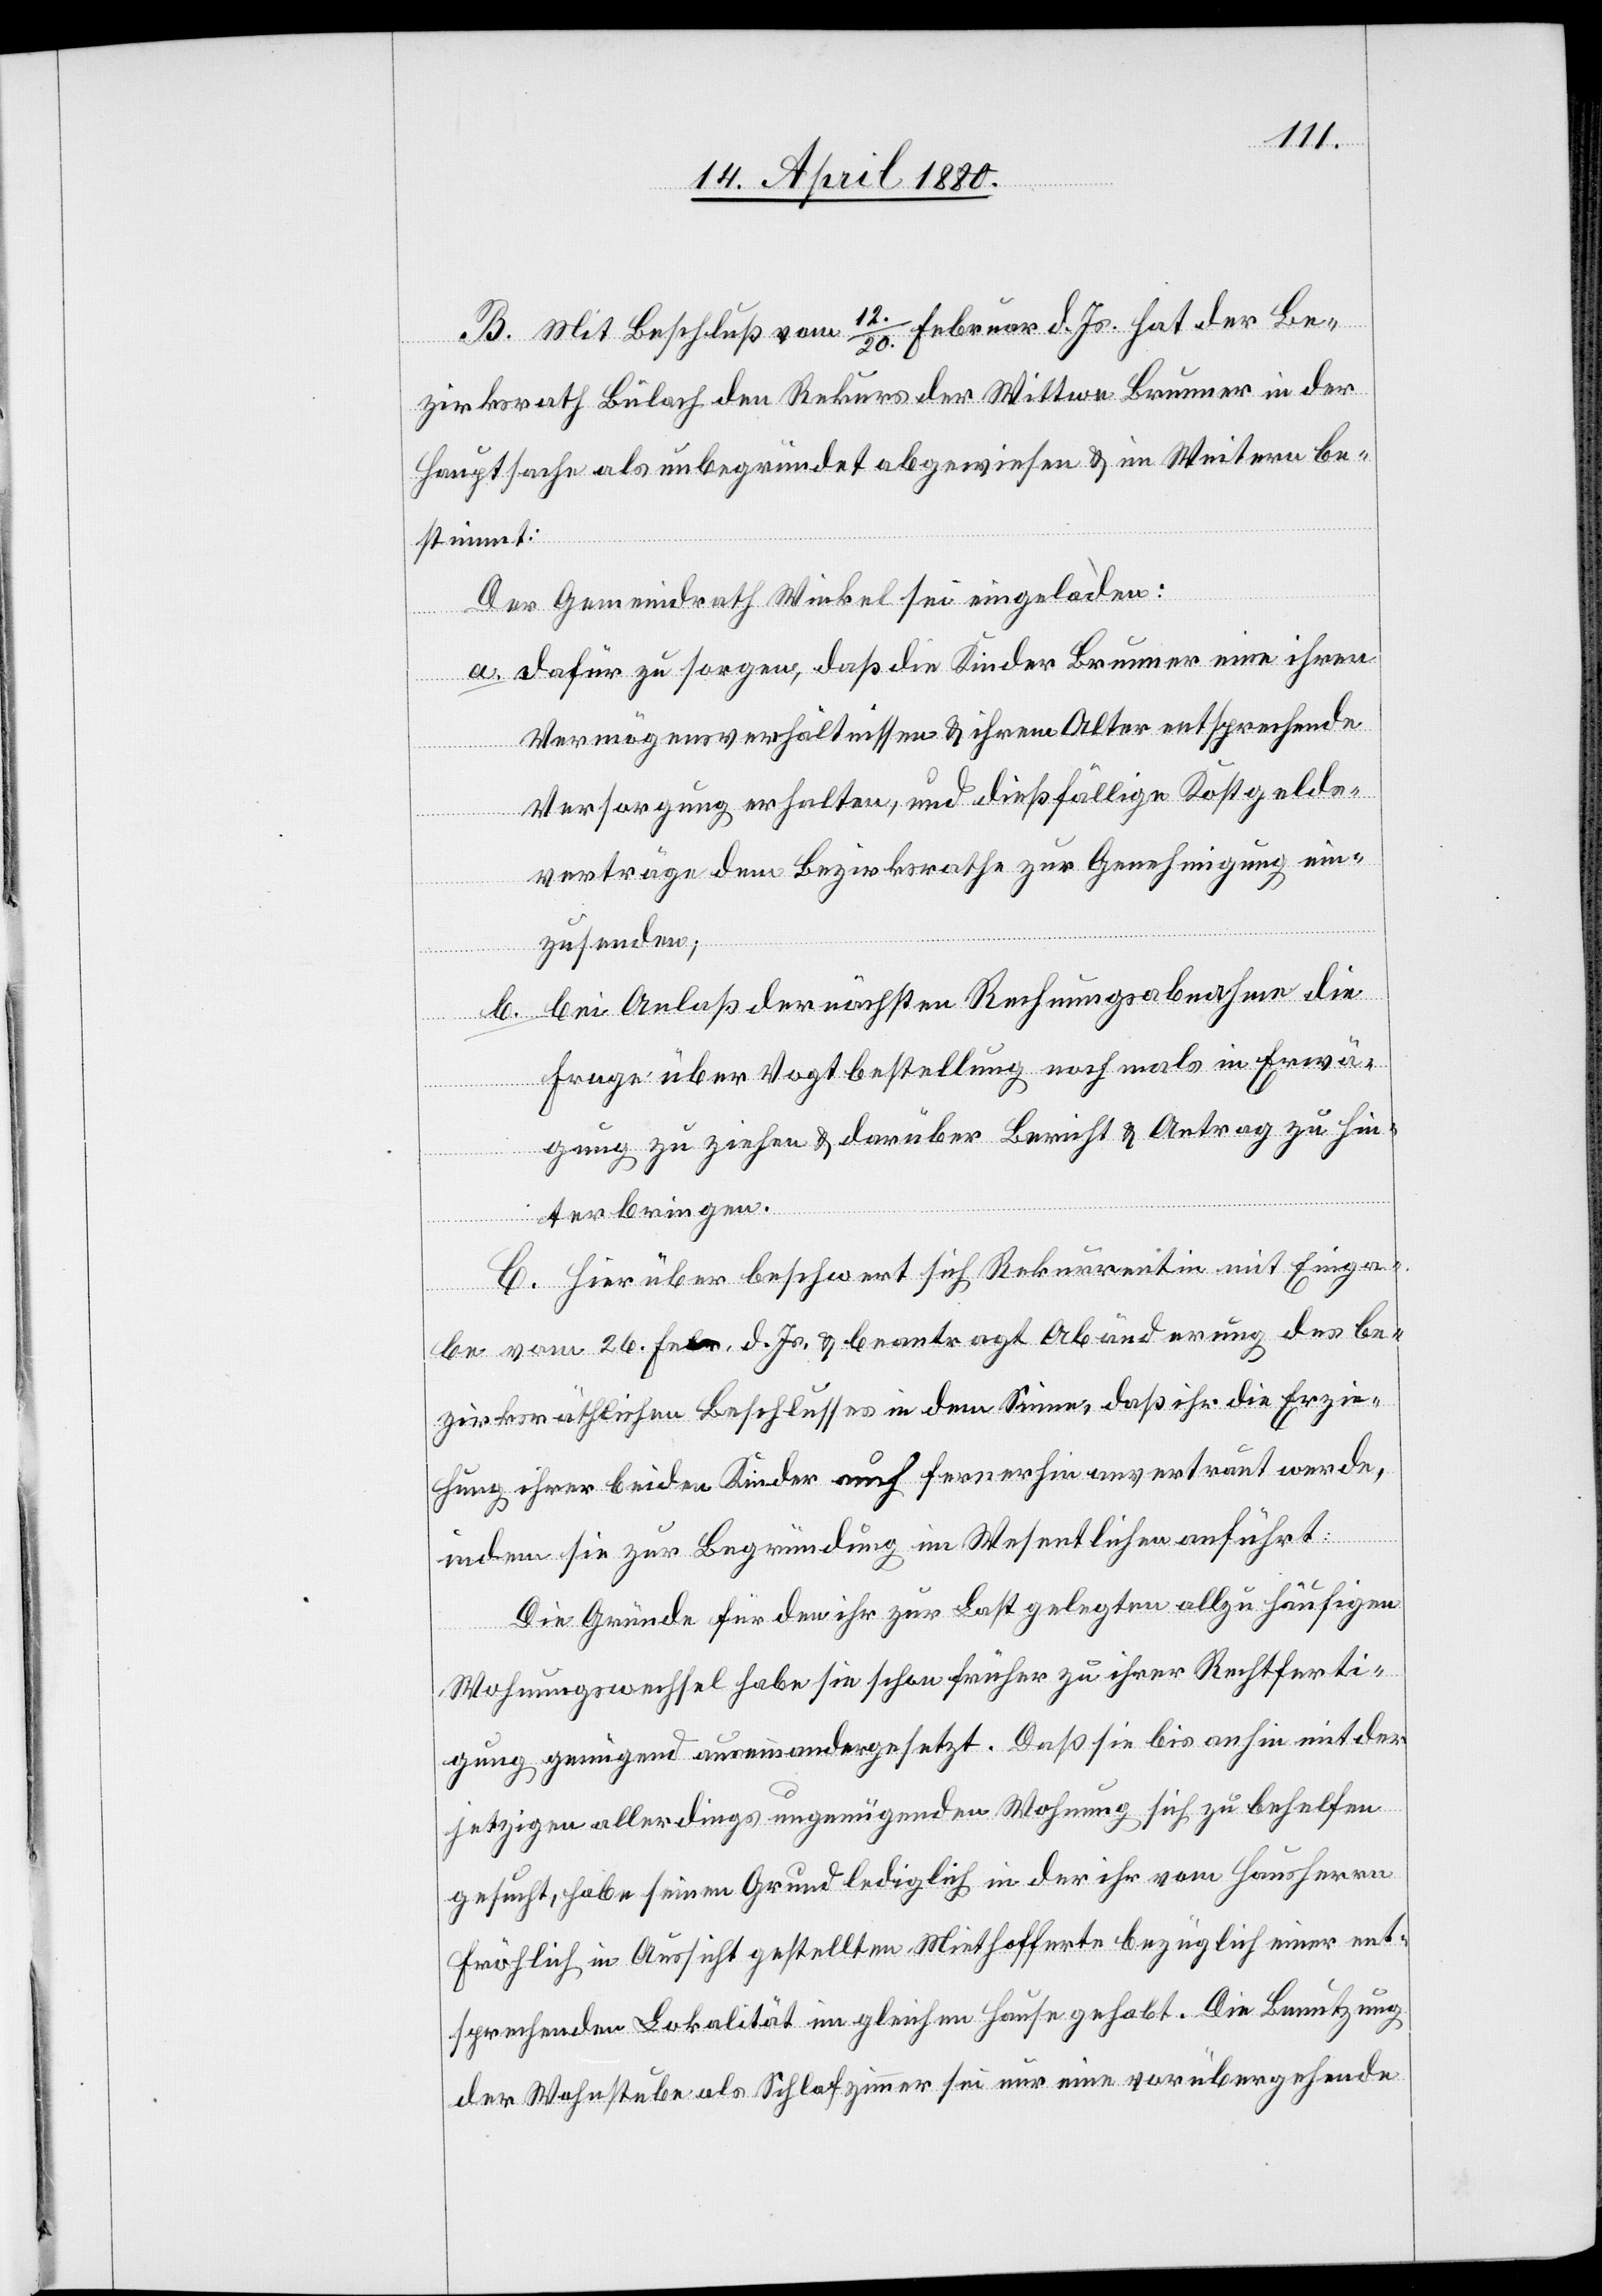
B. Mit Beschluß vom 12./20. Februar d. Js. hat der Be¬
zirksrath Bülach den Rekurs der Wittwe Brunner in der
Hauptsache als unbegründet abgewiesen & im Weitern be¬
stimmt:
Der Gemeindrath Winkel sei eingeladen:
a. Dafür zu sorgen, daß die Kinder Brunner eine ihren
Vermögensverhältnissen & ihrem Alter entsprechende
Versorgung erhalten, und dießfällige Kostgelde¬
r¬
verträge dem Bezirksrathe zur Genehmigung ein¬
zusenden;
b. Bei Anlaß der nächsten Rechnungsabnahme die
Frage über Vogtbestellung nochmals in Erwä¬
gung zu ziehen & darüber Bericht & Antrag zu hin¬
terbringen.
C. Hierüber beschwert sich Rekurrentin mit Einga¬
be vom 26. Febr. d. Js. & beantragt Abänderung des be¬
zirksräthlichen Beschlusses in dem Sinne, daß ihr die Erzie¬
hung ihrer beiden Kinder auch fernerhin anvertraut werde,
indem sie zur Begründung im Wesentlichen anführt:
Die Gründe für den ihr zur Last gelegten allzu häufigen
Wohnungswechsel habe sie schon früher zu ihrer Rechtferti¬
gung genügend auseinandergesetzt. Daß sie bis anhin mit der
jetzigen allerdings ungenügenden Wohnung sich zu behelfen
gesucht, habe seinen Grund lediglich in der ihr vom Hausherrn
Fröhlich in Aussicht gestellten Miethofferte bezüglich einer ent¬
sprechenden Lokalität im gleichen Hause gehabt. Die Benutzung
der Wohnstube als Schlafzimmer sei nur eine vorübergehende